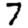
Digit: 7